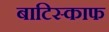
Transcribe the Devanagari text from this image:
बाटिस्काफ